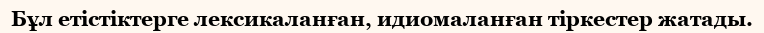
Бұл етістіктерге лексикаланған, идиомаланған тіркестер жатады.